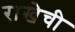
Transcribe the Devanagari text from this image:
राखेची